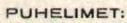
PUHELIMET: